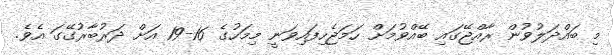
މި ބައްދަލުވުން ރާއްޖޭގައި ބޭއްވުމަށް ހަމަޖެހިފައިވަނީ މިމަހުގެ 16-19 އަށް ދަރުބާރުގޭގަ އެވެ.